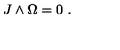
J \wedge \Omega = 0 \ .